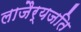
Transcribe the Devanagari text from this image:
लाजैर्यजति